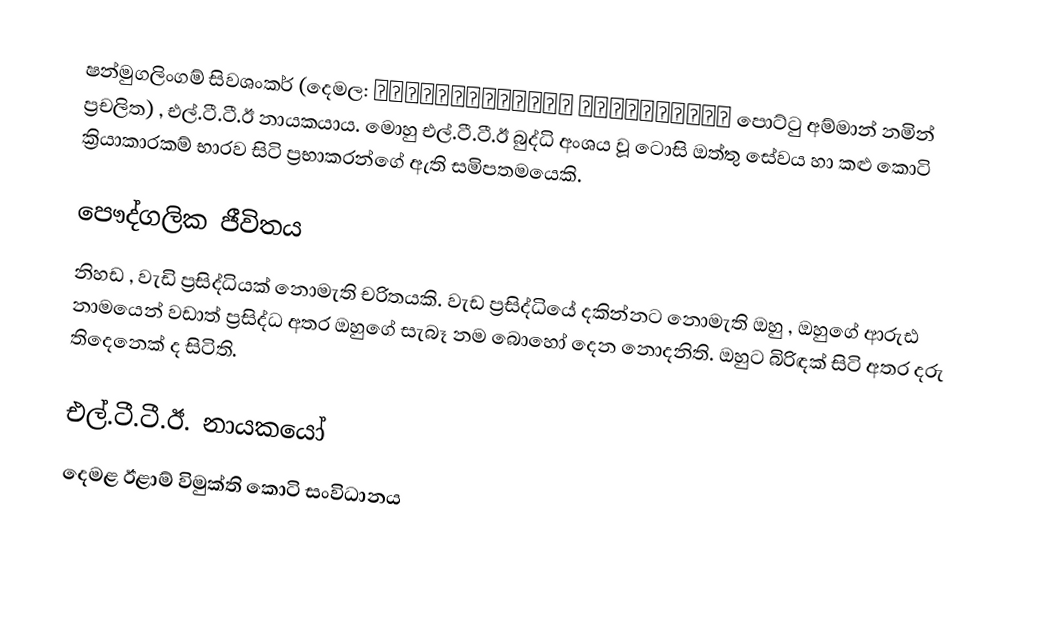
ෂන්මුගලිංගම් සිවශංකර් (දෙමල: சன்முகலிங்கம் சிவசங்கரன் පොට්ටු අම්මාන් නමින් ප්‍රචලිත) , එල්.ටී.ටී.ඊ නායකයාය. මොහු එල්.ටී.ටී.ඊ බුද්ධි අංශය වූ ටොසි ඔත්තු සේවය හා කළු කොටි ක්‍රියාකාරකම් භාරව සිටි ප්‍රභාකරන්ගේ ඇති සමිපතමයෙකි.

පෞද්ගලික ජීවිතය
නිහඩ , වැඩි ප්‍රසිද්ධියක් නොමැති චරිතයකි. වැඩ ප්‍රසිද්ධියේ දකින්නට නොමැති ඔහු , ඔහුගේ ආරුඪ නාමයෙන් වඩාත් ප්‍රසිද්ධ අතර ඔහුගේ සැබෑ නම බොහෝ දෙන නොදනිති. ඔහුට බිරිඳක් සිටි අතර දරු තිදෙනෙක් ද සිටිති.

එල්.ටී.ටී.ඊ. නායකයෝ
දෙමළ ඊළාම් විමුක්ති කොටි සංවිධානය